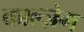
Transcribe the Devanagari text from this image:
काल्ज़ेग